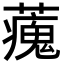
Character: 藱